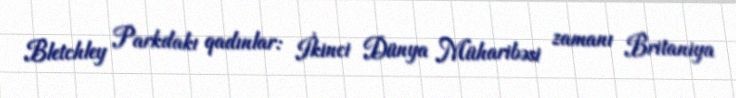
Bletchley Parkdakı qadınlar: İkinci Dünya Müharibəsi zamanı Britaniya